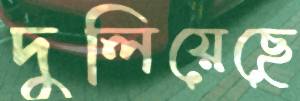
দুলিয়েছে